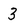
Character: 3